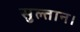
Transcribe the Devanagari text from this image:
सुल्तान।